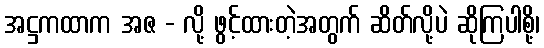
အဋ္ဌကထာက အဇ - လို့ ဖွင့်ထားတဲ့အတွက် ဆိတ်လို့ပဲ ဆိုကြပါစို့၊